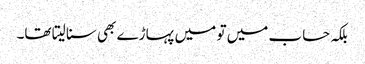
بلکہ حساب میں تو میں پہاڑے بھی سنا لیتا تھا۔